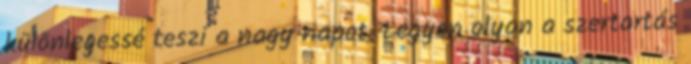
különlegessé teszi a nagy napot. Legyen olyan a szertartás